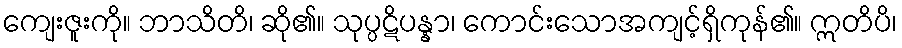
ကျေးဇူးကို။ ဘာသိတိ၊ ဆို၏။ သုပ္ပဋိပန္နာ၊ ကောင်းသောအကျင့်ရှိကုန်၏။ ဣတိပိ၊